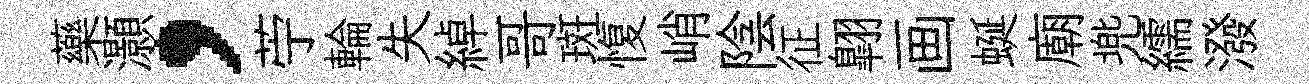
藥灝，苧輪失綽哥斑愎峭陰征翺画蜒廟兠繻潑